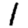
Digit: 1